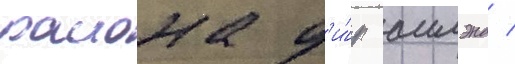
раиона д'и́р аилэнд /